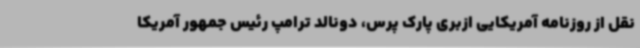
نقل از روزنامه آمریکایی ازبری پارک پرس، دونالد ترامپ رئیس جمهور آمریکا